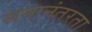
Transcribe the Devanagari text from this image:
समानंतरता